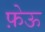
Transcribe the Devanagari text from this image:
फ़ेऊ